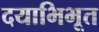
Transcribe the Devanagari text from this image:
दयाभिभूत